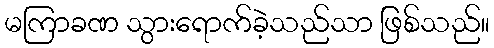
မကြာခဏ သွားရောက်ခဲ့သည်သာ ဖြစ်သည်။